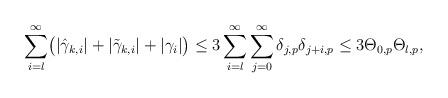
LaTeX: \begin{align*}\sum_{i=l}^{\infty}\bigl (|\hat\gamma_{k, i}| + |\tilde\gamma_{k, i}| + |\gamma_i|\bigr)\le3 \sum_{i=l}^\infty\sum_{j=0}^\infty \delta_{j, p}\delta_{j+i, p} \le3 \Theta_{0, p} \Theta_{l,p},\end{align*}